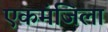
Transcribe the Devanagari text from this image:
एकमंजिला